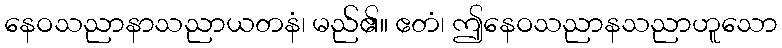
နေဝသညာနာသညာယတနံ၊ မည်၏။ ဧတံ၊ ဤနေဝသညာနသညာဟူသော